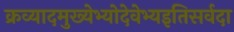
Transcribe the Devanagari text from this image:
क्रव्यादमुख्येभ्योदेवेभ्यइतिसर्वदा